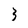
Character: 3